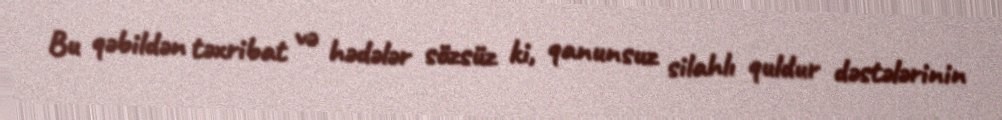
Bu qəbildən təxribat və hədələr sözsüz ki, qanunsuz silahlı quldur dəstələrinin